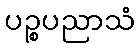
ပဉ္စပညာသံ